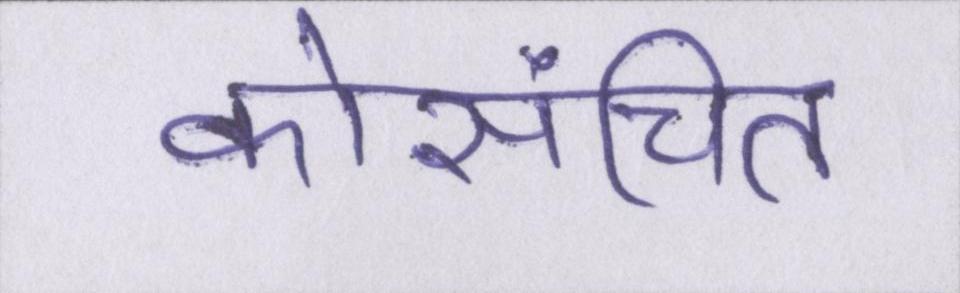
कोसंचित